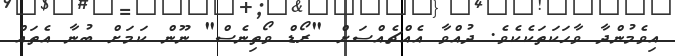
އިވެމުންދާ ވާހަކަތަކެކެވެ. ދުއްވާ އެއްޗެއްސަށް "ރޯޑް ވޯތިނެސް" ނޫން ކަމަށް ބުނާ އެތައް